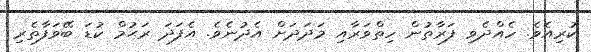
ކުރިއެވެ. ހެއްދެވި ފަރާތުން ހިތްވަރާއި މަދަދަށް އެދުނެވެ. އެފަދަ ރަޙުމް ކުޑަ ބޭވަފާތެރި